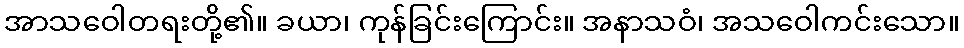
အာသဝေါတရးတို့၏။ ခယာ၊ ကုန်ခြင်းကြောင်း။ အနာသဝံ၊ အသဝေါကင်းသော။